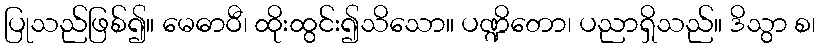
ပြုသည်ဖြစ်၍။ မေဓာဝီ၊ ထိုးထွင်း၍သိသော။ ပဏ္ဍိတော၊ ပညာရှိသည်။ ဒိသွာ စ၊